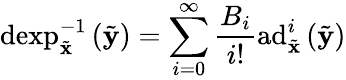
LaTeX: \mathrm{dexp}_{\tilde{\mathbf{x}}}^{-1}\left(\tilde{\mathbf{y}}\right)=\sum_{i=0}^{\infty}\frac{B_{i}}{i!}\mathrm{ad}_{\tilde{\mathbf{x}}}^{i}\left(\tilde{\mathbf{y}}\right)